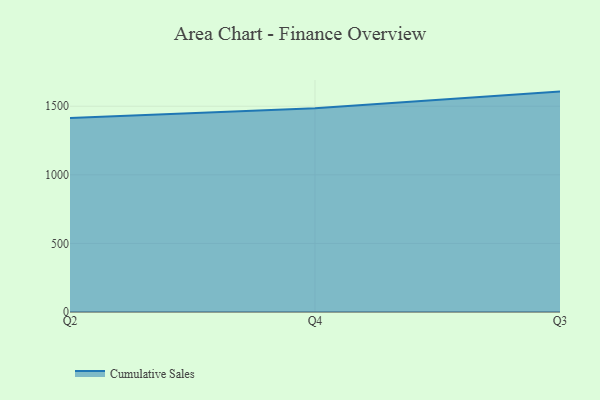
{"axis": {"x": "Quarter", "y": "Revenue (USD Million)"}, "legend": ["Cumulative Sales"], "data": [{"x": "Q2", "y": 1415.3, "type": "Cumulative Sales"}, {"x": "Q4", "y": 1485.9, "type": "Cumulative Sales"}, {"x": "Q3", "y": 1606.9, "type": "Cumulative Sales"}]}